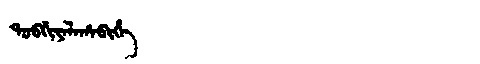
Manchu: ᡨᠣᠪᡤᡳᠶᠠᠯᠠᡥᠠᠪᡳᡥᡝ
Romanization: TOBGIYALAHABIHE